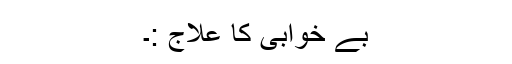
بے خوابی کا علاج :۔